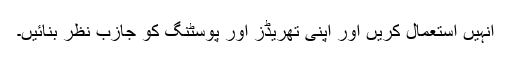
انہیں استعمال کریں اور اپنی تھریڈز اور پوسٹنگ کو جازب نظر بنائیں۔